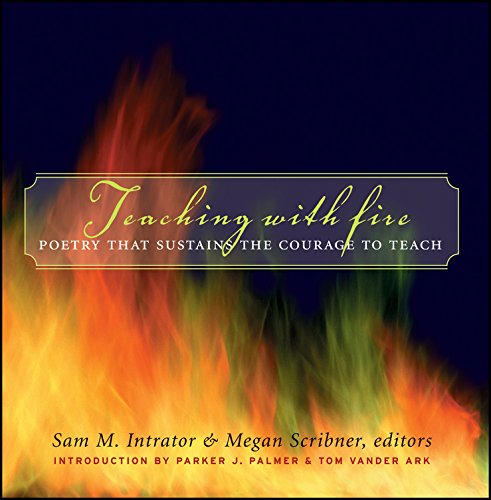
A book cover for Teaching with Fire: Poetry That Sustains the Courage to Teach; Literature & Fiction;